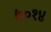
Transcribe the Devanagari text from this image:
७०१४